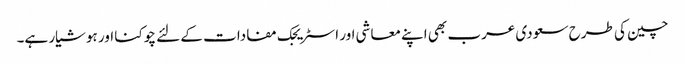
چین کی طرح سعودی عرب بھی اپنے معاشی اور اسٹریجک مفادات کے لئے چوکنا اور ہوشیار ہے۔